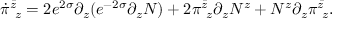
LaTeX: \dot { \pi } _ { ~ z } ^ { \bar { z } } = 2 e ^ { 2 \sigma } \partial _ { z } ( e ^ { - 2 \sigma } \partial _ { z } N ) + 2 \pi _ { ~ z } ^ { \bar { z } } \partial _ { z } N ^ { z } + N ^ { z } \partial _ { z } \pi _ { ~ z } ^ { \bar { z } } .